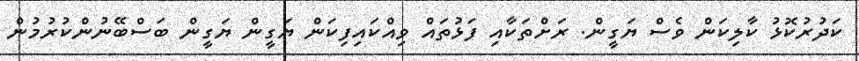
ކަދުރުކޮޅު ކާލިކަން ވެސް ޔަގީން. ރަށްތަކާއި ފަޅުތައް ވިއްކައިފިކަން ޔަގީން ޔަގީން ބަސްބޭނުންކުރުމުން